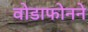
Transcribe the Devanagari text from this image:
वोडाफोनने